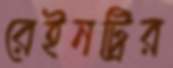
রেইনট্রির